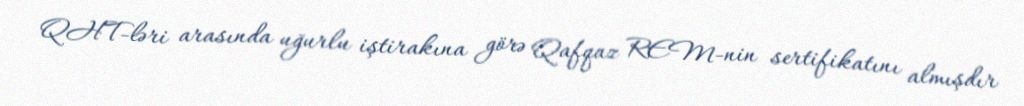
QHT-ləri arasında uğurlu iştirakına görə Qafqaz REM-nin sertifikatını almışdır